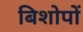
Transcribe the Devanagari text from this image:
बिशोपों